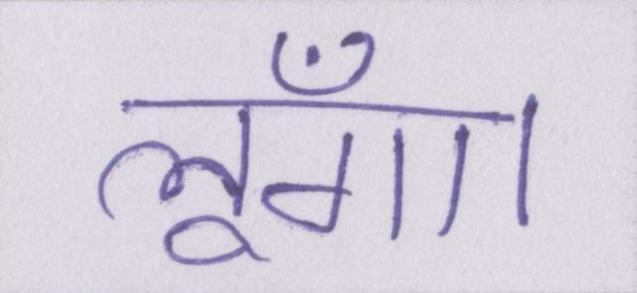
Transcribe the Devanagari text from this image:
लूँगा।